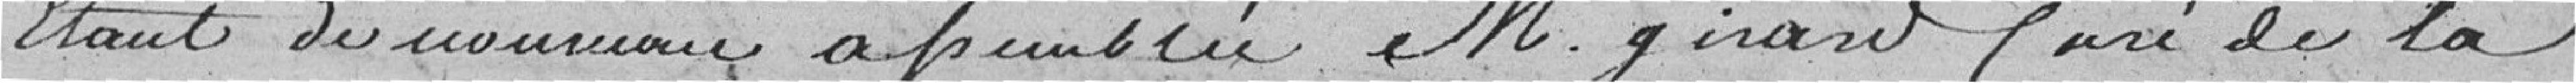
étant de nouveau assemblée, M. Girard Curé de la